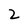
Character: 2